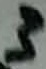
Text: 3